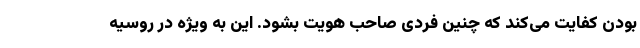
بودن کفایت می‌کند که چنین فردی صاحب هویت بشود. این به ویژه در روسیه